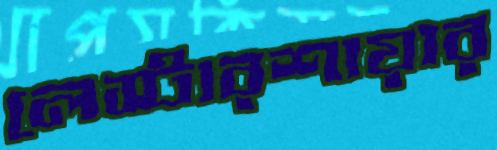
লেস্টারশায়ার